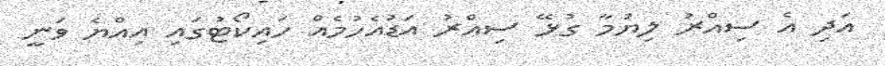
އަދި އެ ސިއްރު ލިޔުމާ ގުޅޭ ސިއްރު އަޑުއެހުމެއް ހައިކޯޓުގައި އިއްޔެ ވަނީ